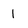
Character: 1